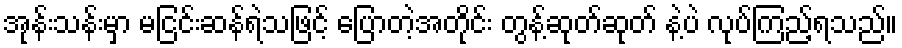
အုန်းသန်းမှာ မငြင်းဆန်ရဲသဖြင့် ပြောတဲ့အတိုင်း တွန့်ဆုတ်ဆုတ် နဲ့ပဲ လုပ်ကြည့်ရသည်။